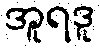
အူရဒူ